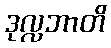
ဒုလ္လဘာတိ